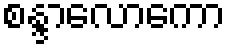
စန္ဒာလောကော